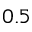
0 . 5